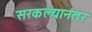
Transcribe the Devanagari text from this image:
सरकल्यानंतर